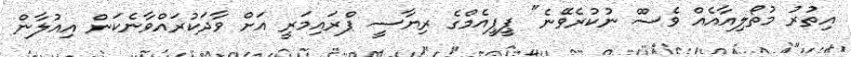
އިތުރު މުތޯލިއާއެއް ވެސްް ނުކުރެވޭނެ" ޕީޕީއެމްގެ ރިޔާސީ ޕްރައިމަރީ އަށް ވާދަކުރައްވާނެކަން އިއުލާން